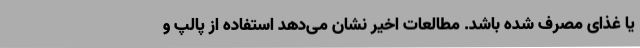
یا غذای مصرف شده باشد. مطالعات اخیر نشان می‌دهد استفاده از پالپ و